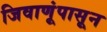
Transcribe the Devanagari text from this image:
जिवाणूंपासून